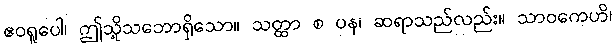
ဧဝရူပေါ၊ ဤသို့သဘောရှိသော။ သတ္ထာ စ ပန၊ ဆရာသည်လည်း။ သာဝကေဟိ၊